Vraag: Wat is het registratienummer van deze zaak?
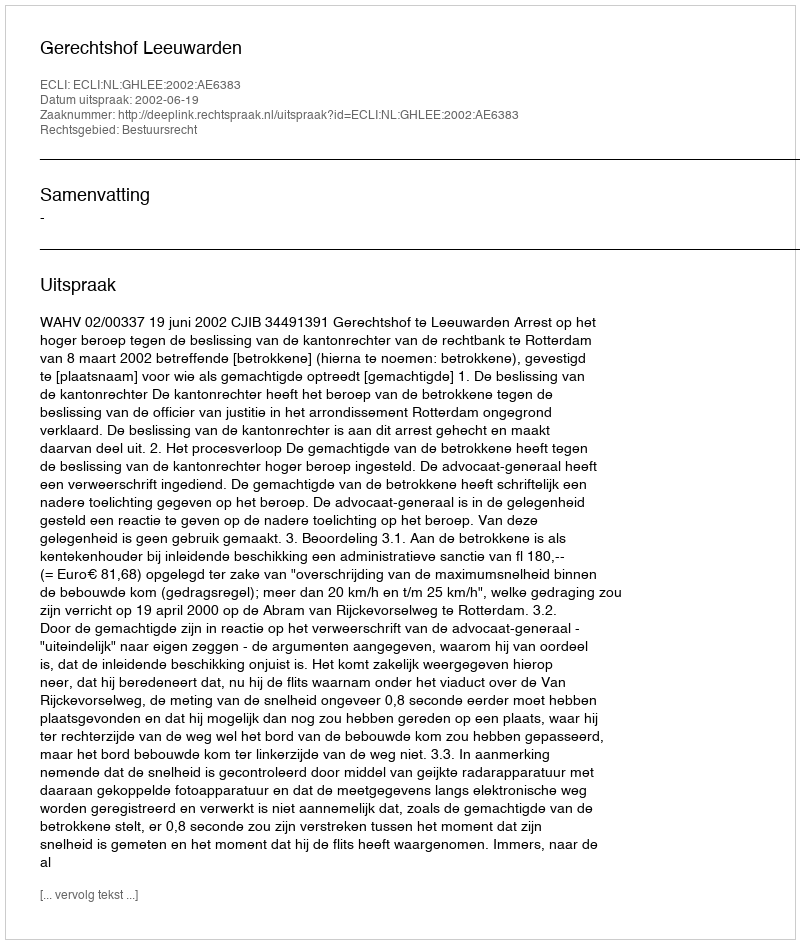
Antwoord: http://deeplink.rechtspraak.nl/uitspraak?id=ECLI:NL:GHLEE:2002:AE6383